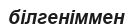
білгеніммен